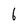
Character: 6